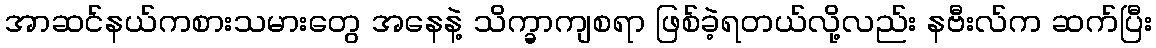
အာဆင်နယ်ကစားသမားတွေ အနေနဲ့ သိက္ခာကျစရာ ဖြစ်ခဲ့ရတယ်လို့လည်း နဗီးလ်က ဆက်ပြီး